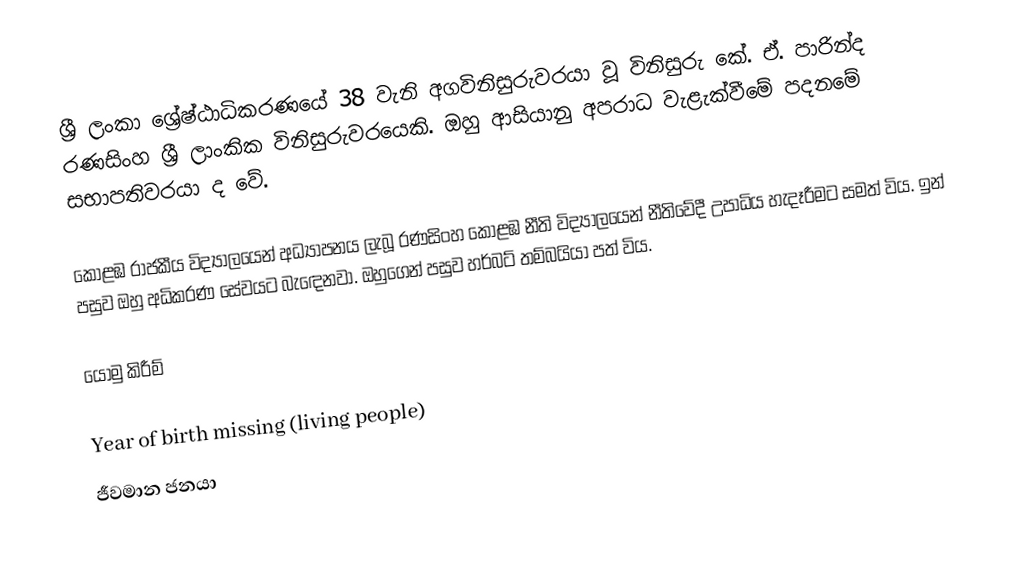
ශ්‍රී ලංකා ශ්‍රේෂ්ඨාධිකරණයේ 38 වැනි අගවිනිසුරුවරයා වූ විනිසුරු කේ. ඒ. පාරින්ද රණසිංහ ශ්‍රී ලාංකික විනිසුරුවරයෙකි. ඔහු ආසියානු අපරාධ වැළැක්වීමේ පදනමේ සභාපතිවරයා ද වේ.

කොළඹ රාජකීය විද්‍යාලයෙන් අධ්‍යාපනය ලැබූ රණසිංහ කොළඹ නීති විද්‍යාලයෙන් නීතිවේදී උපාධිය හැදෑරීමට සමත් විය. ඉන් පසුව ඔහු අධිකරණ සේවයට බැඳෙනවා. ඔහුගෙන් පසුව හර්බට් තම්බයියා පත් විය.

යොමු කිරීම්

Year of birth missing (living people)
ජීවමාන ජනයා